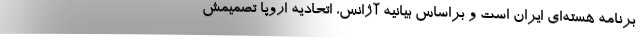
برنامه هسته‌ای ایران است و براساس بیانیه آژانس، اتحادیه اروپا تصمیمش